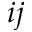
i j